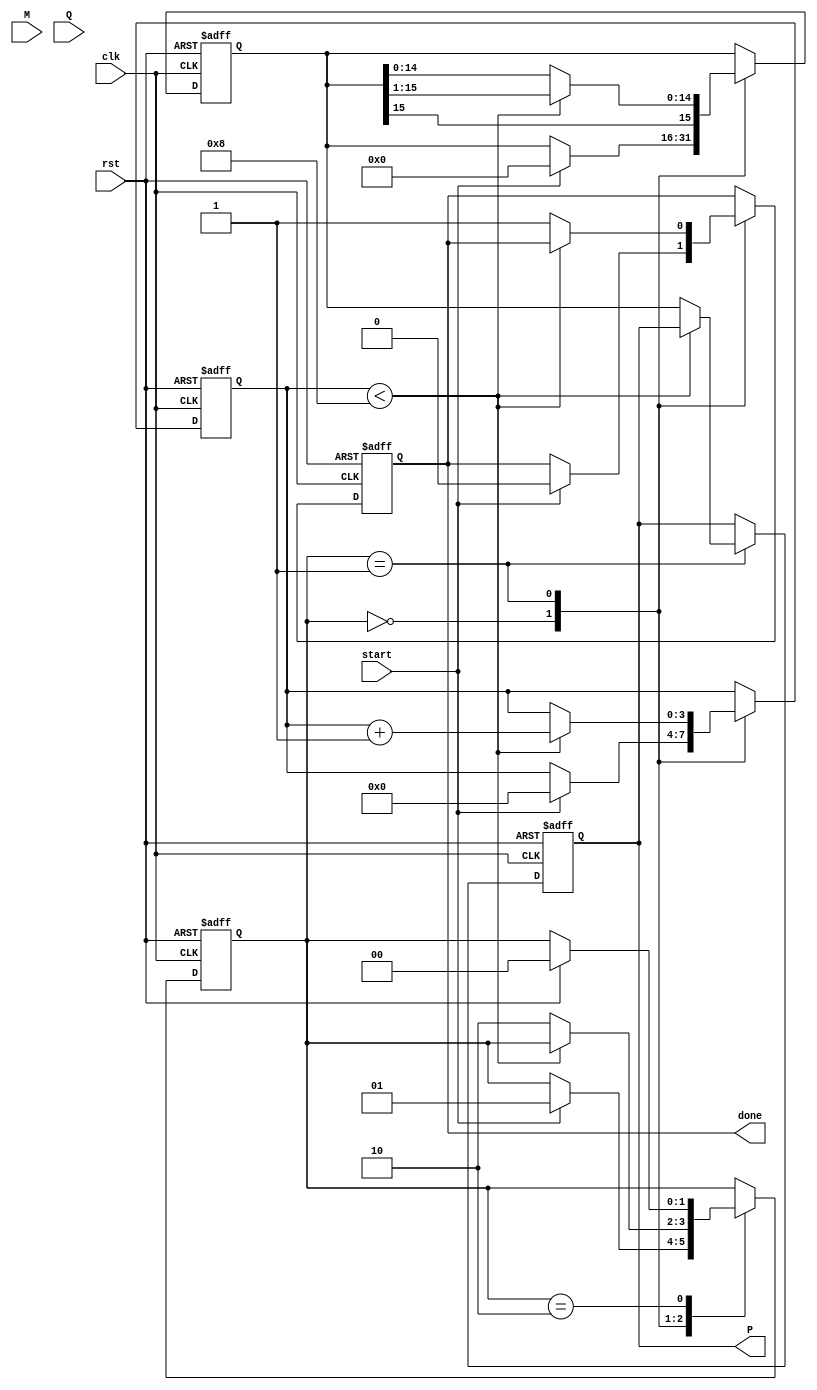
module modified_booth_multiplier #(parameter n = 8) (
    input wire clk,
    input wire rst,
    input wire start,
    input wire signed [n-1:0] M, // Multiplicand
    input wire signed [n-1:0] Q, // Multiplier
    output reg signed [2*n-1:0] P, // Product
    output reg done
);

    reg signed [n-1:0] M_reg;
    reg signed [n:0] Q_reg; // Q extended by 1 bit
    reg signed [2*n-1:0] A; // Accumulator
    reg [3:0] count; // Counter for iterations
    reg [1:0] state; // State for control logic

    localparam IDLE = 2'b00, EXECUTE = 2'b01, DONE = 2'b10;

    always @(posedge clk or posedge rst) begin
        if (rst) begin
            P <= 0;
            A <= 0;
            Q_reg <= 0;
            M_reg <= 0;
            count <= 0;
            done <= 0;
            state <= IDLE;
        end else begin
            case (state)
                IDLE: begin
                    if (start) begin
                        M_reg <= M;
                        Q_reg <= {1'b0, Q}; // Extend Q with 0
                        A <= 0;
                        count <= 0;
                        done <= 0;
                        state <= EXECUTE;
                    end
                end

                EXECUTE: begin
                    if (count < n) begin
                        case ({Q_reg[1:0]}) // Look at Q[0] and Q[-1]
                            2'b00: begin
                                // No operation
                            end
                            2'b01: begin
                                // Add M to A
                                A <= A + {M_reg, n'b0}; // Shift M to align
                            end
                            2'b10: begin
                                // Subtract M from A
                                A <= A - {M_reg, n'b0}; // Shift M to align
                            end
                            2'b11: begin
                                // No operation
                            end
                        endcase
                        // Shift A and Q right
                        A <= {A[2*n-1], A[2*n-1:1]}; // Arithmetic right shift
                        Q_reg <= {A[0], Q_reg[n-1:1]}; // Shift Q
                        count <= count + 1;
                    end else begin
                        P <= A; // Store the result
                        done <= 1;
                        state <= DONE;
                    end
                end

                DONE: begin
                    // Stay in DONE state until reset
                    if (rst) begin
                        state <= IDLE;
                    end
                end
            endcase
        end
    end
endmodule